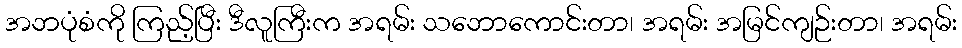
အဘပုံစံကို ကြည့်ပြီး ဒီလူကြီးက အရမ်း သဘောကောင်းတာ၊ အရမ်း အမြင်ကျဉ်းတာ၊ အရမ်း